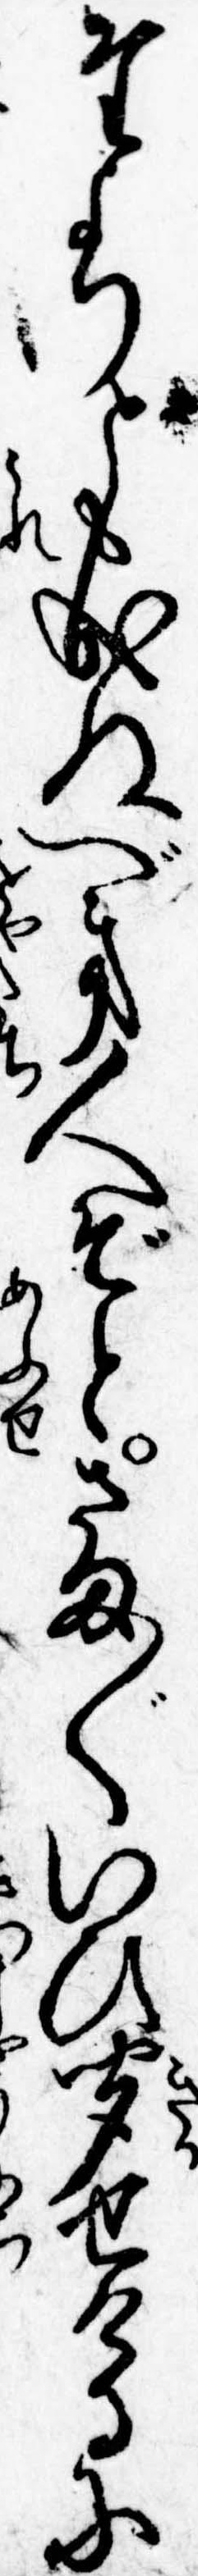
たよりとも成ぬべき人ぞとさま〲いひ聞せけるに